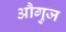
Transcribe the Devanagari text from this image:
औगुज